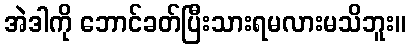
အဲဒါကို ဘောင်ခတ်ပြီးသားရမလားမသိဘူး။